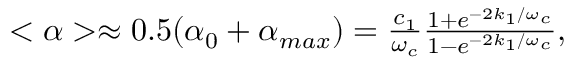
\begin{array} { r } { < \alpha > \approx 0 . 5 ( \alpha _ { 0 } + \alpha _ { m a x } ) = \frac { c _ { 1 } } { \omega _ { c } } \frac { 1 + e ^ { - 2 k _ { 1 } / \omega _ { c } } } { 1 - e ^ { - 2 k _ { 1 } / \omega _ { c } } } , } \end{array}